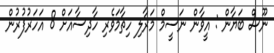
ނޫސް ބަޔާން : އީވާން ނަސީމް މަރާލި ހިތާމަވެރި ހާދިސާއަށް 8 އަހަރުފުރުން